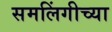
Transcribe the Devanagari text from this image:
समलिंगीच्या